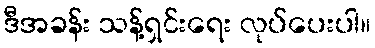
ဒီအခန်း သန့်ရှင်းရေး လုပ်ပေးပါ။